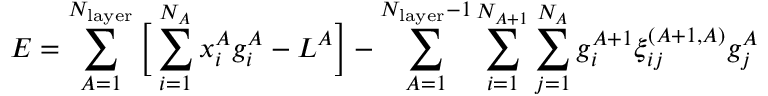
E = \sum _ { A = 1 } ^ { N _ { \mathrm { l a y e r } } } { \Big [ } \sum _ { i = 1 } ^ { N _ { A } } x _ { i } ^ { A } g _ { i } ^ { A } - L ^ { A } { \Big ] } - \sum _ { A = 1 } ^ { N _ { \mathrm { l a y e r } } - 1 } \sum _ { i = 1 } ^ { N _ { A + 1 } } \sum _ { j = 1 } ^ { N _ { A } } g _ { i } ^ { A + 1 } \xi _ { i j } ^ { ( A + 1 , A ) } g _ { j } ^ { A }